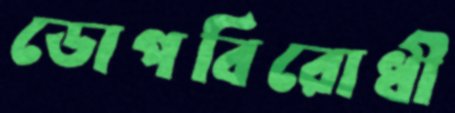
ডোপবিরোধী